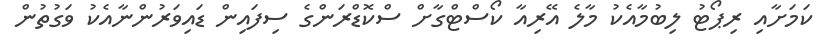
ކަމަށާއި ރިޕޯޓު ލިބުމާއެކު މާލެ އޭރިއާ ކޯސްޓްގާށް ސްކޮޑްރަންގެ ސިފައިން ޑައިވަރުންނާއެކު ވަގުތުން